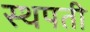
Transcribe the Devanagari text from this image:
स्थपती